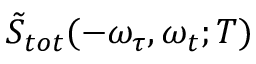
\tilde { S } _ { t o t } ( - \omega _ { \tau } , \omega _ { t } ; T )